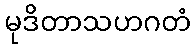
မုဒိတာသဟဂတံ